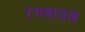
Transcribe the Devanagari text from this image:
रंगवायले